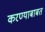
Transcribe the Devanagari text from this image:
करण्‍याबाबत